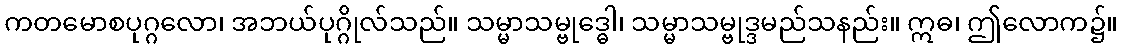
ကတမောစပုဂ္ဂလော၊ အဘယ်ပုဂ္ဂိုလ်သည်။ သမ္မာသမ္ဗုဒ္ဓေါ၊ သမ္မာသမ္ဗုဒ္ဒမည်သနည်း။ ဣဓ၊ ဤလောက၌။